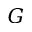
G